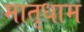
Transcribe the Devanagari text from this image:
मातृधाम